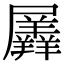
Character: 羼